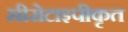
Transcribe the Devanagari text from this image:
सीरोटाइपीकृत